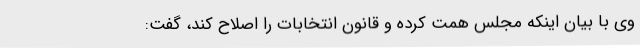
وی با بیان اینکه مجلس همت کرده و قانون انتخابات را اصلاح کند، گفت: